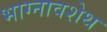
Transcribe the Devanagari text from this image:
भाग्नावशेथ